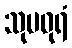
သုမဓုရံ